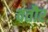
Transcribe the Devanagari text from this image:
वतौर